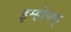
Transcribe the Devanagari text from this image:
इम्होफ्फ्